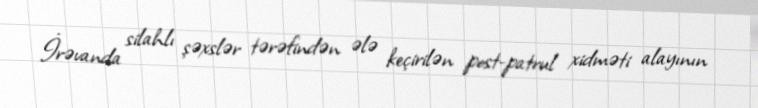
İrəvanda silahlı şəxslər tərəfindən ələ keçirilən post-patrul xidməti alayının